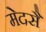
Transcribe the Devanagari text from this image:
मेदसैं